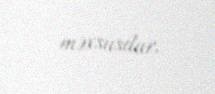
məxsusdur.